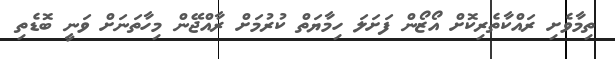
ތިމާވެށި ރައްކާތެރިކޮށް އޯޒޯން ފަށަލަ ހިމާޔަތް ކުރުމަށް ރާއްޖޭން މިހާތަނަށް ވަނީ ބޮޑެތި